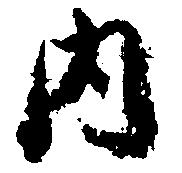
内